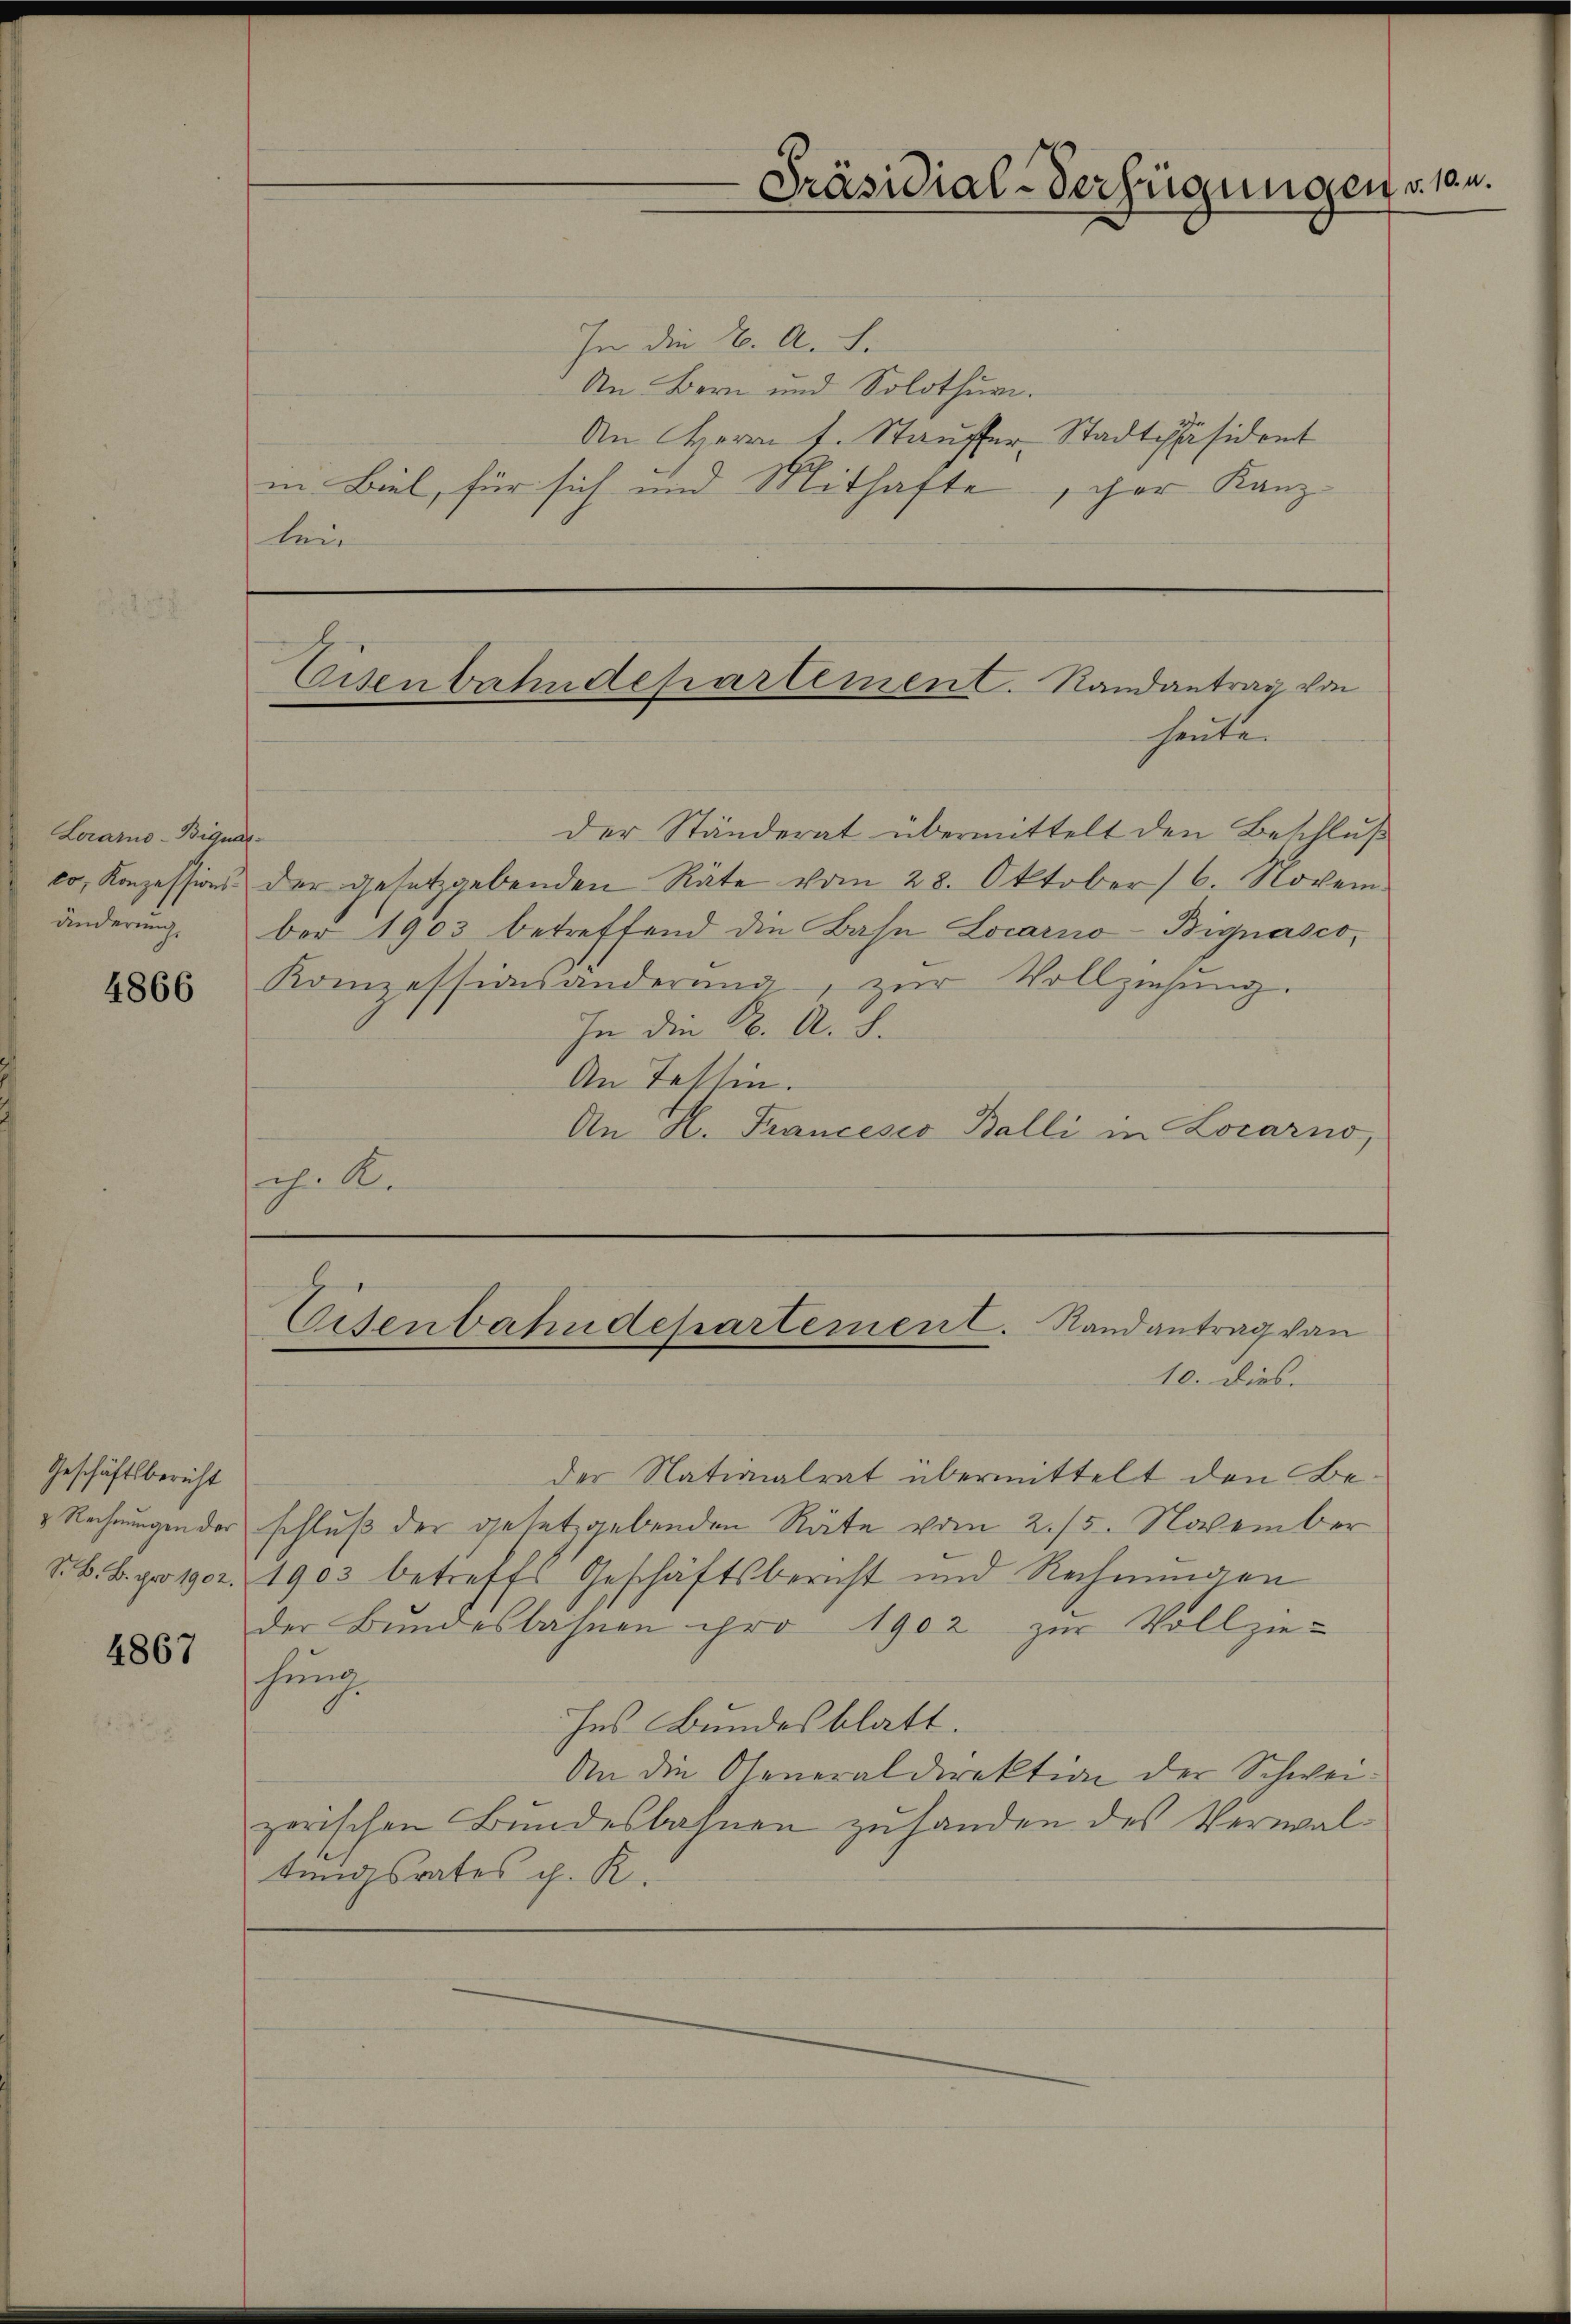
Locarno-Biquarco, Konzessionsänderung

4866

Geschäftsbericht

4867

In die K. A. L.
An Bern und Solothur.
An Herrn L. Stauffer Stadtpräsident
in Biel, für sich und Mithafte, der Kanz-
lein

10. dies
der Nationalrat übermittelt den Be¬
Rechnungen der schluß der gesetzgebenden Räte vom 2./5. November
S.B. B. pro 190. 1903 betreffs Geschäftsbericht und Rechnŭngen
der Bŭndesbahnen pro 1902 zŭr Vollzie-
hung
hes Bundesblatt.
An die Generaldirektion der Schweizorischen Bundesbahnen zuhanden des Verwaltungsrates h. R.

der Ständerat übermittelt den Beschluß
der gesetzgebenden Räte vom 28. Oktober 6. Novem
ber 1903 betreffend die Bahn Locarno-Bignasco,
Konzessionsänderŭng, zŭr Vollziehung.
In die K. A. S.
An Tessin.
An H. Francesco Balli in Locarno,
ch. K.

-Präsidial-Verfügungen v. 10.

Eisenbahndepartement. Randantrag von
heute.

Eisenbahndepartement. Randantrag von